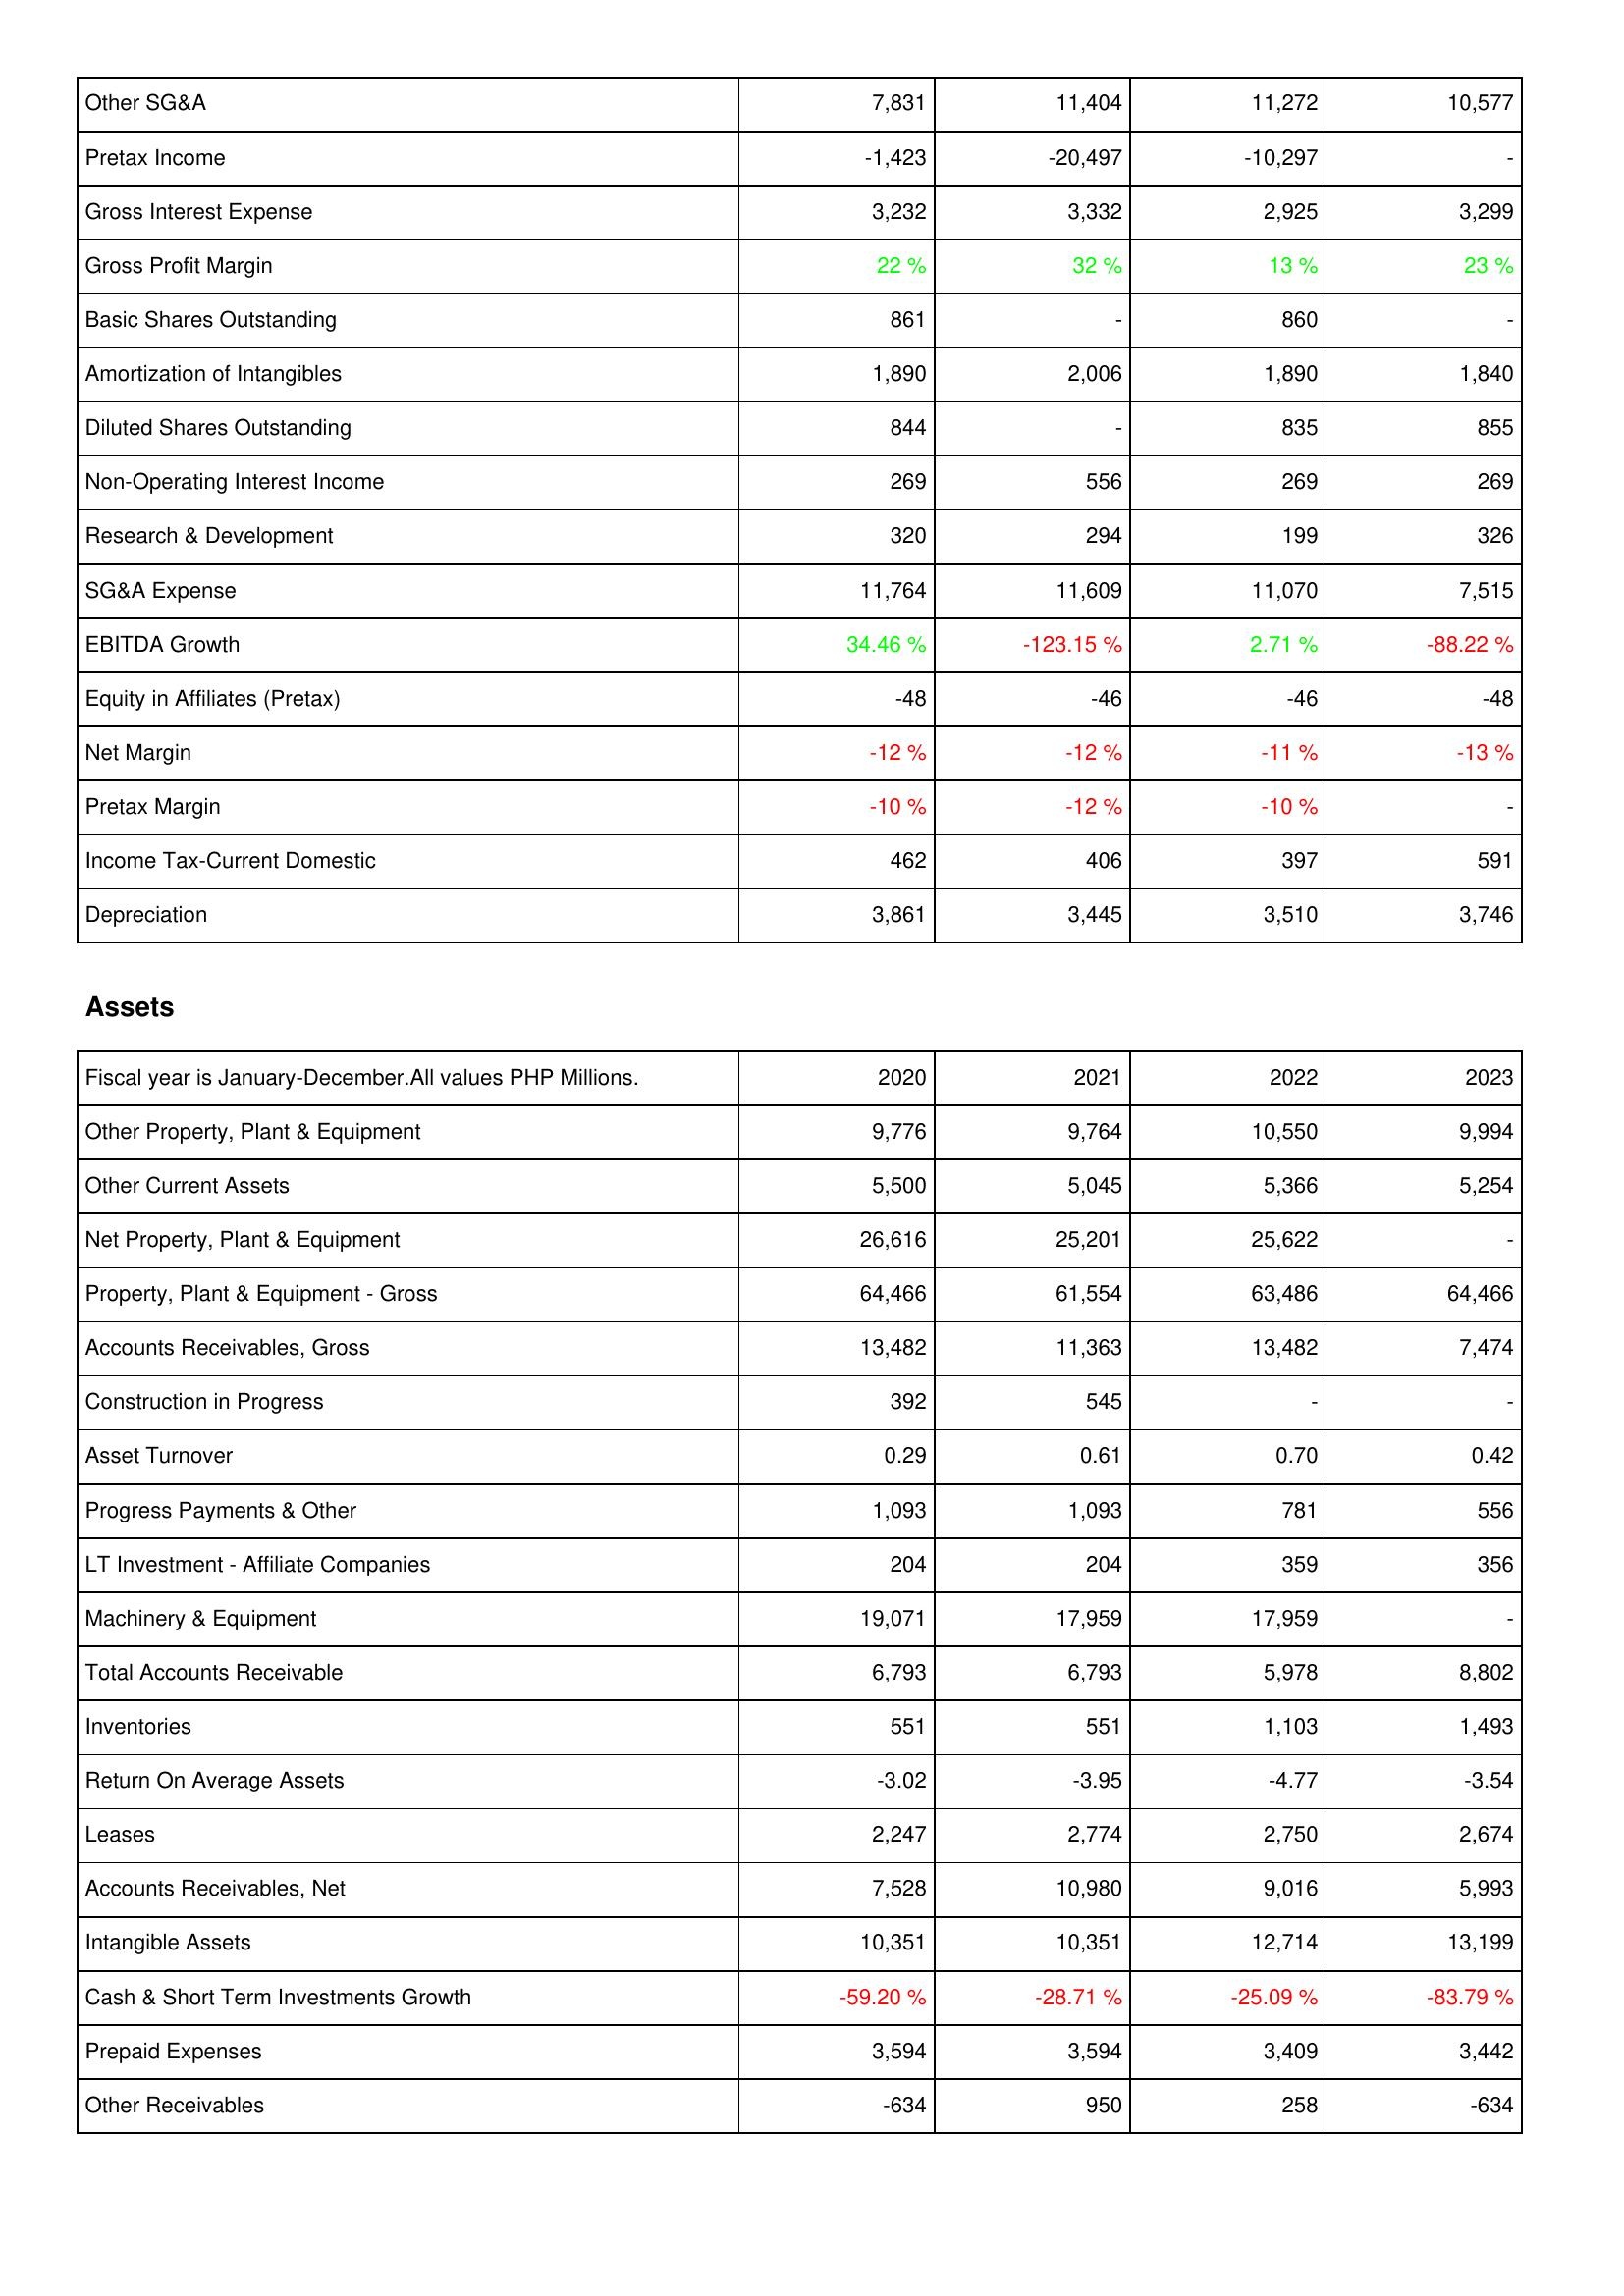
2020: Income Statement: Other SG&A: 7,831
Pretax Income: -1,423
Gross Interest Expense: 3,232
Gross Profit Margin: 22 %
Basic Shares Outstanding: 861
Amortization of Intangibles: 1,890
Diluted Shares Outstanding: 844
Non-Operating Interest Income: 269
Research & Development: 320
SG&A Expense: 11,764
EBITDA Growth: 34.46 %
Equity in Affiliates (Pretax): -48
Net Margin: -12 %
Pretax Margin: -10 %
Income Tax-Current Domestic: 462
Depreciation: 3,861
Assets: Other Property, Plant & Equipment: 9,776
Other Current Assets: 5,500
Net Property, Plant & Equipment: 26,616
Property, Plant & Equipment - Gross: 64,466
Accounts Receivables, Gross: 13,482
Construction in Progress: 392
Asset Turnover: 0.29
Progress Payments & Other: 1,093
LT Investment - Affiliate Companies: 204
Machinery & Equipment: 19,071
Total Accounts Receivable: 6,793
Inventories: 551
Return On Average Assets: -3.02
Leases: 2,247
Accounts Receivables, Net: 7,528
Intangible Assets: 10,351
Cash & Short Term Investments Growth: -59.20 %
Prepaid Expenses: 3,594
Other Receivables: -634
2021: Income Statement: Other SG&A: 11,404
Pretax Income: -20,497
Gross Interest Expense: 3,332
Gross Profit Margin: 32 %
Basic Shares Outstanding: -
Amortization of Intangibles: 2,006
Diluted Shares Outstanding: -
Non-Operating Interest Income: 556
Research & Development: 294
SG&A Expense: 11,609
EBITDA Growth: -123.15 %
Equity in Affiliates (Pretax): -46
Net Margin: -12 %
Pretax Margin: -12 %
Income Tax-Current Domestic: 406
Depreciation: 3,445
Assets: Other Property, Plant & Equipment: 9,764
Other Current Assets: 5,045
Net Property, Plant & Equipment: 25,201
Property, Plant & Equipment - Gross: 61,554
Accounts Receivables, Gross: 11,363
Construction in Progress: 545
Asset Turnover: 0.61
Progress Payments & Other: 1,093
LT Investment - Affiliate Companies: 204
Machinery & Equipment: 17,959
Total Accounts Receivable: 6,793
Inventories: 551
Return On Average Assets: -3.95
Leases: 2,774
Accounts Receivables, Net: 10,980
Intangible Assets: 10,351
Cash & Short Term Investments Growth: -28.71 %
Prepaid Expenses: 3,594
Other Receivables: 950
2022: Income Statement: Other SG&A: 11,272
Pretax Income: -10,297
Gross Interest Expense: 2,925
Gross Profit Margin: 13 %
Basic Shares Outstanding: 860
Amortization of Intangibles: 1,890
Diluted Shares Outstanding: 835
Non-Operating Interest Income: 269
Research & Development: 199
SG&A Expense: 11,070
EBITDA Growth: 2.71 %
Equity in Affiliates (Pretax): -46
Net Margin: -11 %
Pretax Margin: -10 %
Income Tax-Current Domestic: 397
Depreciation: 3,510
Assets: Other Property, Plant & Equipment: 10,550
Other Current Assets: 5,366
Net Property, Plant & Equipment: 25,622
Property, Plant & Equipment - Gross: 63,486
Accounts Receivables, Gross: 13,482
Construction in Progress: -
Asset Turnover: 0.70
Progress Payments & Other: 781
LT Investment - Affiliate Companies: 359
Machinery & Equipment: 17,959
Total Accounts Receivable: 5,978
Inventories: 1,103
Return On Average Assets: -4.77
Leases: 2,750
Accounts Receivables, Net: 9,016
Intangible Assets: 12,714
Cash & Short Term Investments Growth: -25.09 %
Prepaid Expenses: 3,409
Other Receivables: 258
2023: Income Statement: Other SG&A: 10,577
Pretax Income: -
Gross Interest Expense: 3,299
Gross Profit Margin: 23 %
Basic Shares Outstanding: -
Amortization of Intangibles: 1,840
Diluted Shares Outstanding: 855
Non-Operating Interest Income: 269
Research & Development: 326
SG&A Expense: 7,515
EBITDA Growth: -88.22 %
Equity in Affiliates (Pretax): -48
Net Margin: -13 %
Pretax Margin: -
Income Tax-Current Domestic: 591
Depreciation: 3,746
Assets: Other Property, Plant & Equipment: 9,994
Other Current Assets: 5,254
Net Property, Plant & Equipment: -
Property, Plant & Equipment - Gross: 64,466
Accounts Receivables, Gross: 7,474
Construction in Progress: -
Asset Turnover: 0.42
Progress Payments & Other: 556
LT Investment - Affiliate Companies: 356
Machinery & Equipment: -
Total Accounts Receivable: 8,802
Inventories: 1,493
Return On Average Assets: -3.54
Leases: 2,674
Accounts Receivables, Net: 5,993
Intangible Assets: 13,199
Cash & Short Term Investments Growth: -83.79 %
Prepaid Expenses: 3,442
Other Receivables: -634